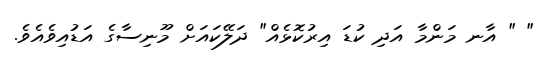
" " އާނ މަންމާ އަދި ކުޑަ އިރުކޮޅެއް" ދަލޭކައަށް މޫނިސާގެ އަޑުއިވެއެވެ.